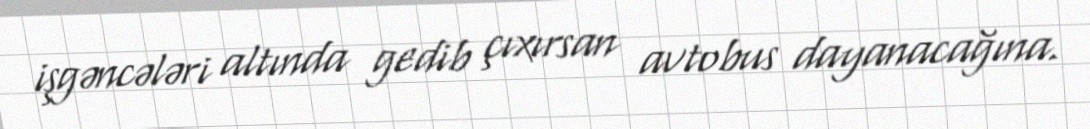
işgəncələri altında gedib çıxırsan avtobus dayanacağına.